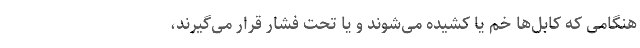
هنگامی که کابل‌ها خم یا کشیده می‌شوند و یا تحت فشار قرار می‌گیرند،